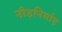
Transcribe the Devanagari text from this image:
नीड़निर्माड़